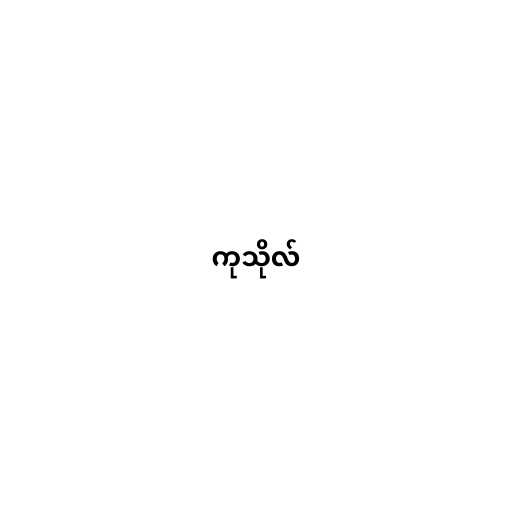
ကုသိုလ်